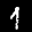
Label: 1